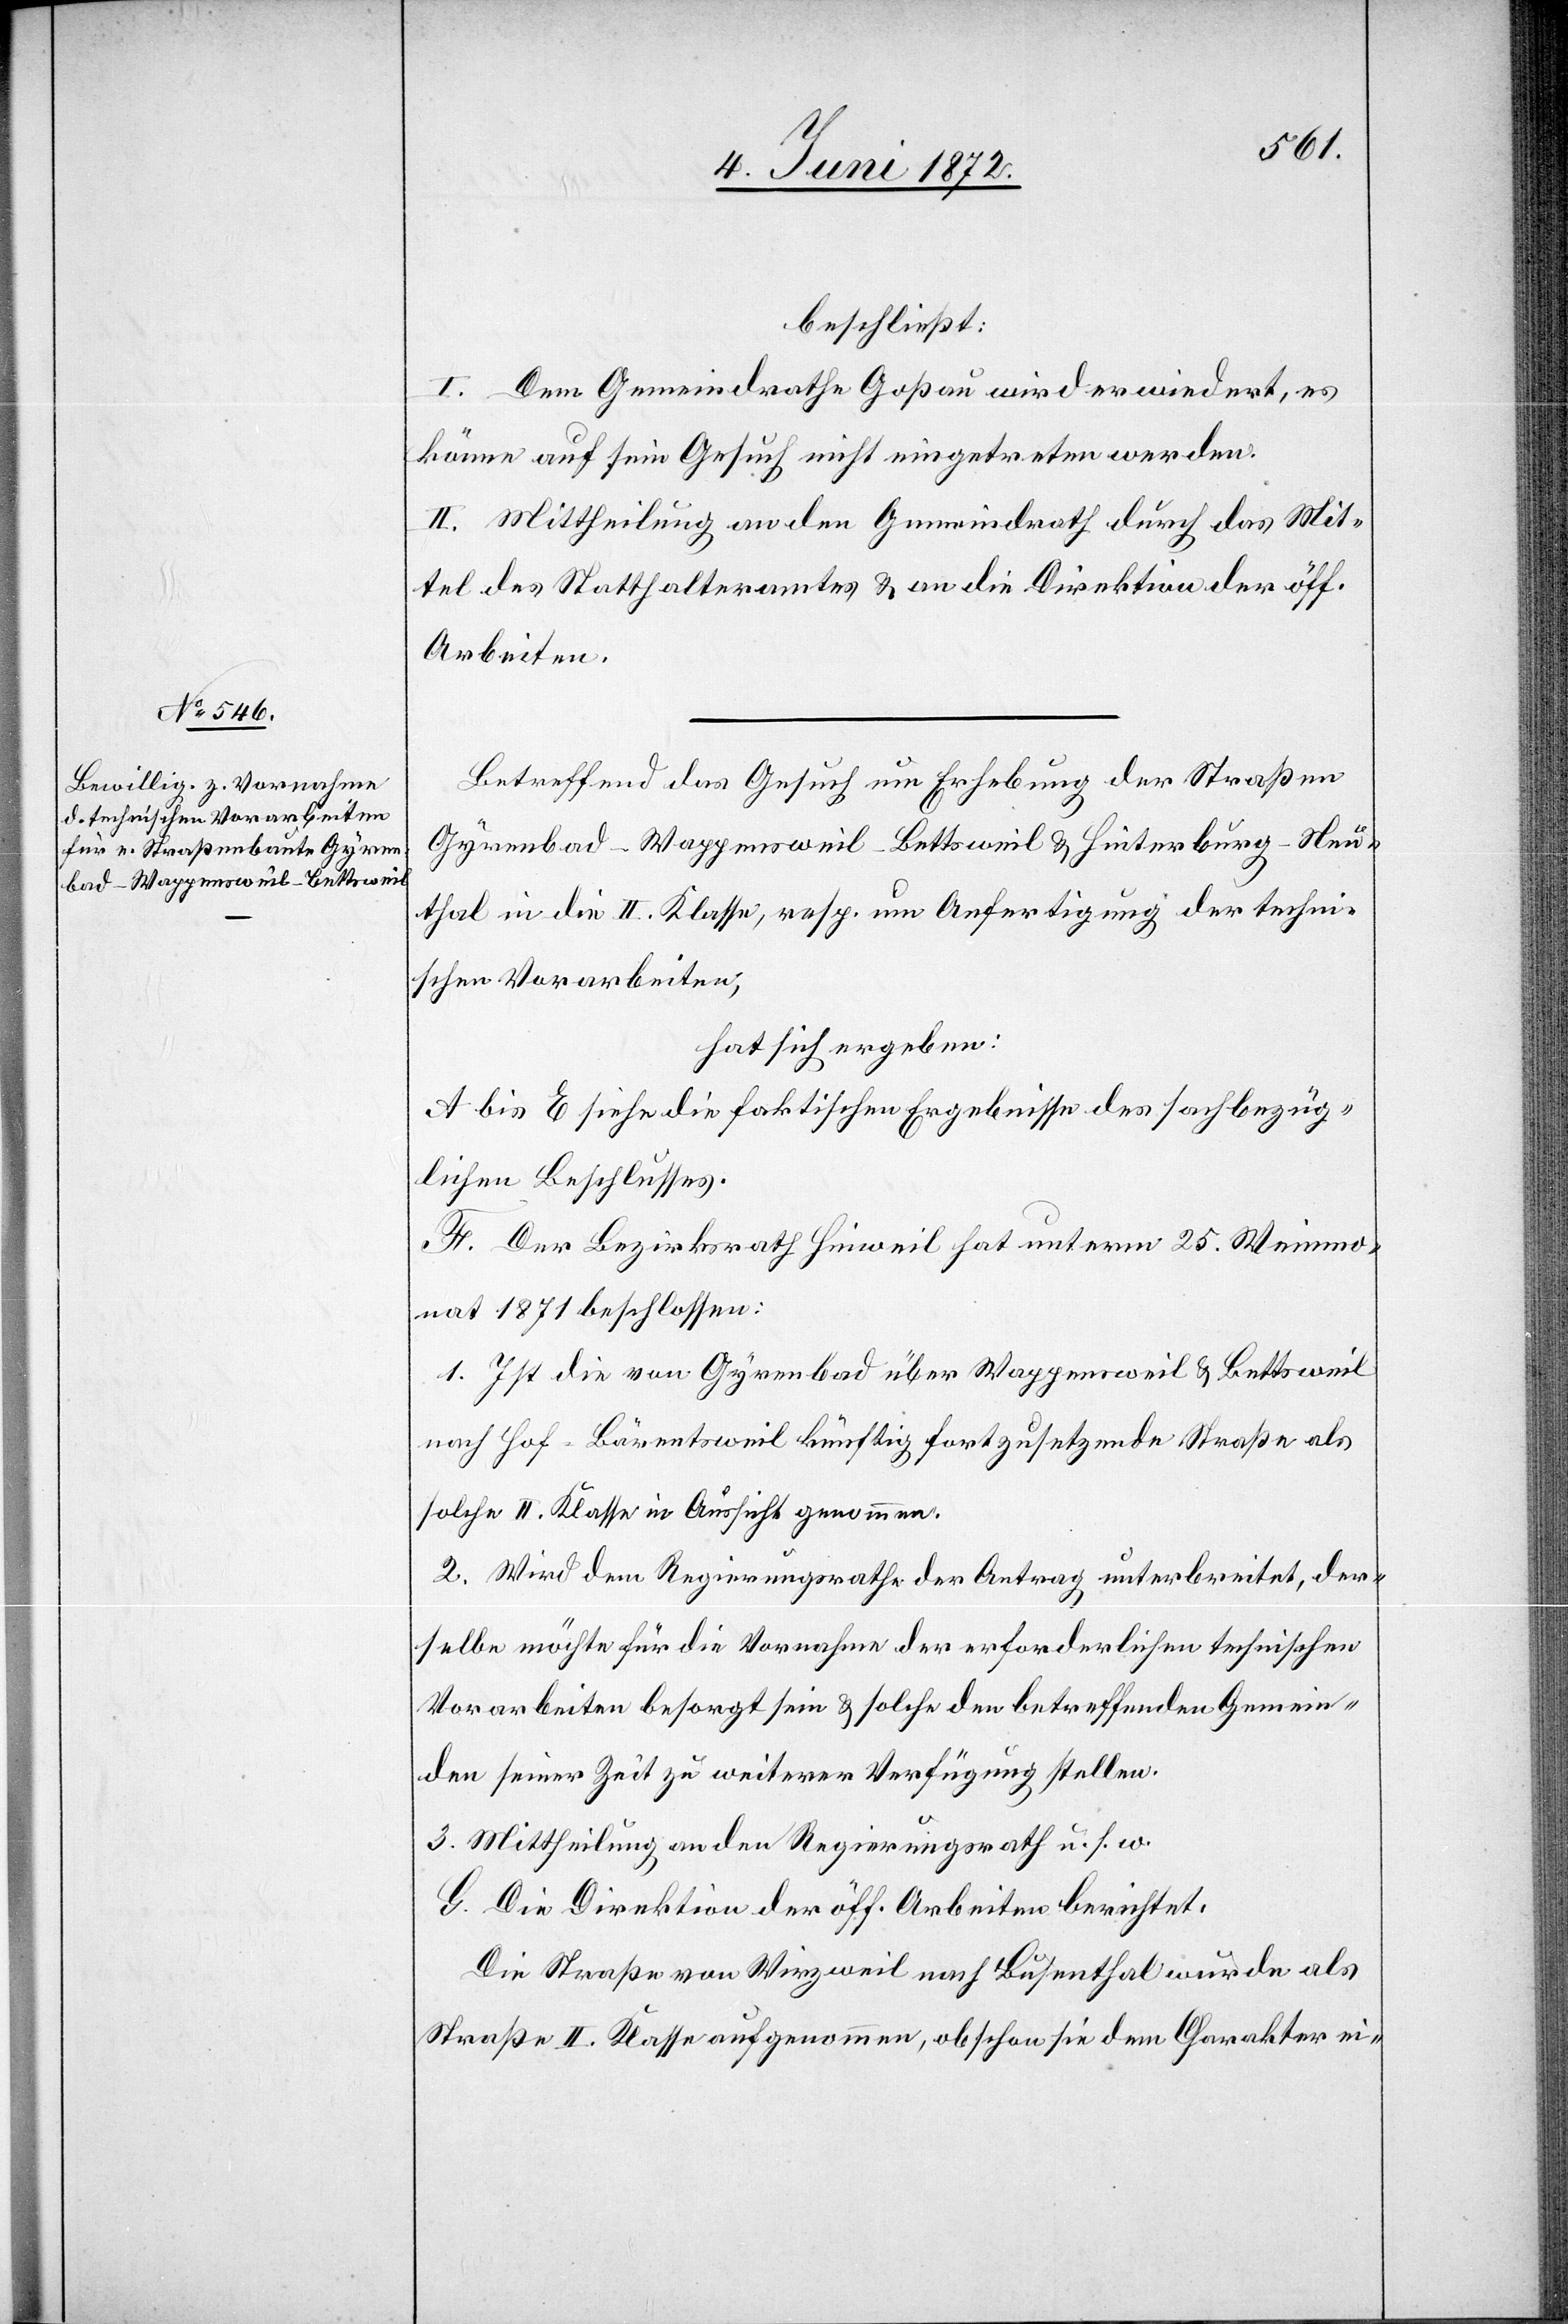
beschließt:
I. Dem Gemeindrathe Goßau wird erwiedert, es
könne auf sein Gesuch nicht eingetreten werden.
II. Mittheilung an den Gemeindrath durch das Mit¬
tel des Statthalteramtes u. an die Direktion der öff.
Arbeiten.
Betreffend das Gesuch um Erhebung der Straßen
Gyrenbad–Wappensweil–Bettsweil u. Hinterburg–Neu¬
thal in die II. Klasse, resp. um Anfertigung der techni¬
schen Vorarbeiten,
hat sich ergeben:
A bis E siehe die faktischen Ergebnisse des sachbezüg¬
lichen Beschlusses.
F. Der Bezirksrath Hinweil hat unterm 25. Weinmo¬
nat 1871 beschlossen:
1. Ist die von Gyrenbad über Wappensweil u. Bettsweil
nach Hof-Bärentsweil künftig fortzusetzende Straße als
solche II. Klasse in Aussicht genommen.
2. Wird dem Regierungsrathe der Antrag unterbreitet, der¬
selbe möchte für die Vornahme der erforderlichen technischen
Vorarbeiten besorgt sein u. solche den betreffenden Gemein¬
den seiner Zeit zu weiterer Verfügung stellen.
3. Mittheilung an den Regierungsrath u. s. w.
G. Die Direktion der öff. Arbeiten berichtet:
Die Straße von Wirzweil nach Busenthal wurde als
Straße II. Klasse aufgenommen, obschon sie dem Charakter ei-